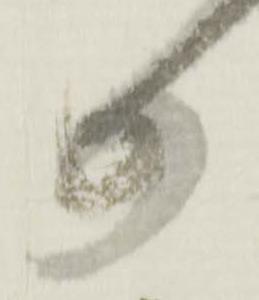
日